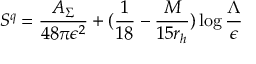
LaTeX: S ^ { q } = { \frac { A _ { \Sigma } } { 4 8 \pi \epsilon ^ { 2 } } } + ( { \frac { 1 } { 1 8 } } - { \frac { M } { 1 5 r _ { h } } } ) \log { \frac { \Lambda } { \epsilon } }